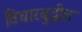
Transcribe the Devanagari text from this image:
विचारबुद्धीत